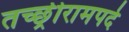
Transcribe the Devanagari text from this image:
तच्छ्रीरामपदे